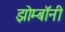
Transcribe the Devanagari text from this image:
झोम्बॉनी